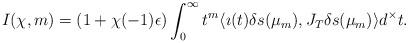
LaTeX: \begin{align*}I(\chi,m)=\left(1+\chi(-1)\epsilon\right)\int_0^\infty t^m\langle\imath(t)\delta s(\mu_m),J_T\delta s(\mu_m)\rangle d^\times t.\end{align*}